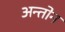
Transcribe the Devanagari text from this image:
अन्तोन